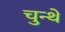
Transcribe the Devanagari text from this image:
चुन्थे